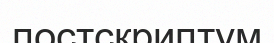
постскриптум